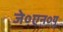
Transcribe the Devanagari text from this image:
जे०एन०यू